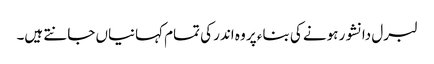
لبرل دانشور ہونے کی بناء پر وہ اندر کی تمام کہانیاں جانتے ہیں۔